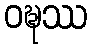
ဝဍ္ဎဿ